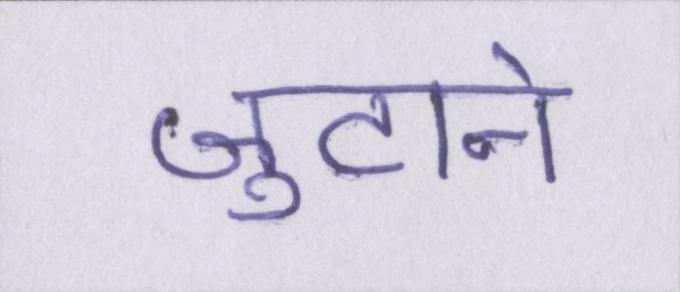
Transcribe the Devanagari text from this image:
जुटाने